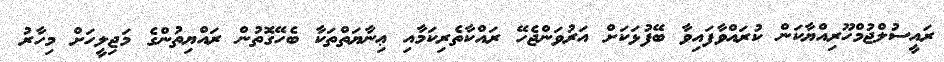
ރައީސުލްޖުމްހޫރިއްޔާކަން ކުރައްވާފައިވާ ބޭފުޅަކަށް އަރުވަންޖެހޭ ރައްކާތެރިކަމާއި ޢިނާޔަތްތަކާ ބެހޭގޮތުން ރައްޔިތުންގެ މަޖިލީހަށް މިހާރު